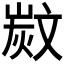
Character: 𣁗